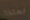
لماذا